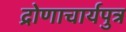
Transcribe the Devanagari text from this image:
द्रोणाचार्यपुत्र